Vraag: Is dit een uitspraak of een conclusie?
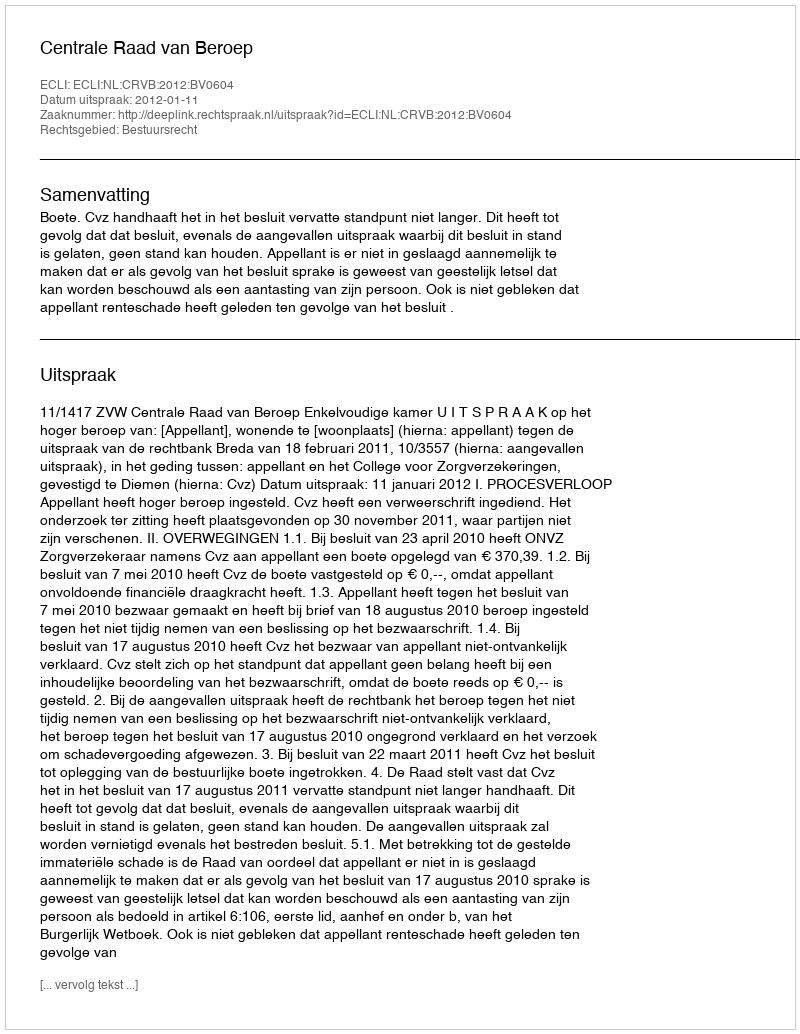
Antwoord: Uitspraak